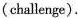
(challenge).